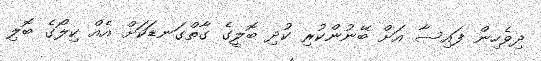
ދިވެހިން ފައިސާ އަށް ބޭނުންކުރި ކުދި ބޮލީގެ ގާތްގަނޑަކަށް އެއް ކިލޯގެ ބޮލި